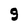
Character: 9